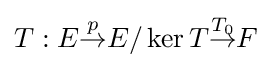
T:E{\overset {p}{\to }}E/\operatorname {ker} T{\overset {T_{0}}{\to }}F